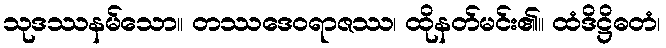
သုဒဿနမ်သော။ တဿဒေဝရာဇဿ၊ ထိုနတ်မင်း၏။ ထံဒိဋ္ဌိဓတံ၊